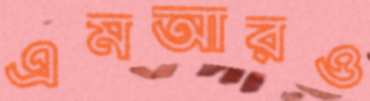
এমআরও